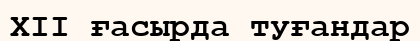
XII ғасырда туғандар